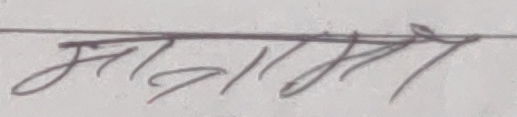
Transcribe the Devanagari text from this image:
भागीराम